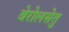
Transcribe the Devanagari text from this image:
वेरोलसेतु